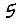
Digit: 5